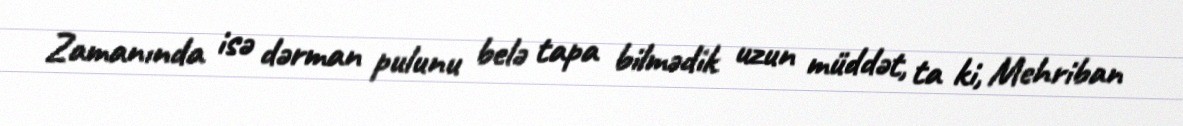
Zamanında isə dərman pulunu belə tapa bilmədik uzun müddət, ta ki, Mehriban